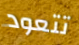
تتعود